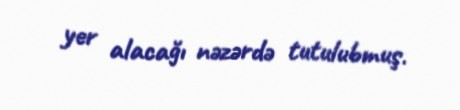
yer alacağı nəzərdə tutulubmuş.